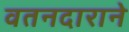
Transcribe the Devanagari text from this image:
वतनदाराने